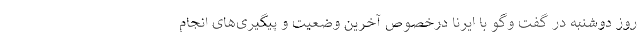
روز دوشنبه در گفت وگو با ایرنا درخصوص آخرین وضعیت و پیگیری‌های انجام